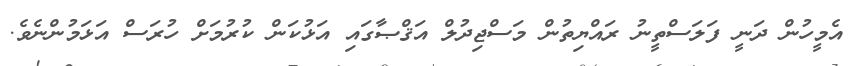
އެމީހުން ދަނީ ފަލަސްތީނު ރައްޔިތުން މަސްޖިދުލް އަޤްޞާގައި އަޅުކަން ކުރުމަށް ހުރަސް އަޅަމުންނެވެ.